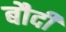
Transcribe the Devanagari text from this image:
बौदी